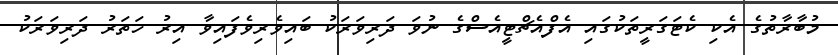
މުބާރާތުގެ އެކި ކެޓަގަރީތަކުގައި އެފްއެޗްޓީއެސްގެ ނުވަ ދަރިވަރަކު ބައިވެރިވެފައިވާ އިރު ހަތަރު ދަރިވަރަކު